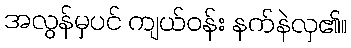
အလွန်မှပင် ကျယ်ဝန်း နက်နဲလှ၏။